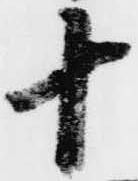
十